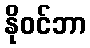
နိုဝင်ဘာ